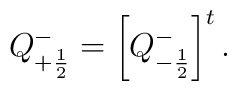
Q^-_{+\frac{1}{2}}=\left[Q^-_{-\frac{1}{2}}\right]^t.